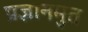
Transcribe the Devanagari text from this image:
प्रज्ञानमुत